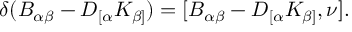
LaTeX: \delta ( B _ { \alpha \beta } - D _ { [ \alpha } K _ { \beta ] } ) = [ B _ { \alpha \beta } - D _ { [ \alpha } K _ { \beta ] } , \nu ] .